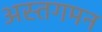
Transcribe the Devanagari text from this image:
अस्तगमन